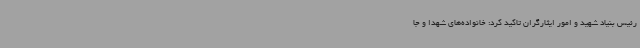
رئیس بنیاد شهید و امور ایثارگران تاکید کرد: خانواده‌های شهدا و جا